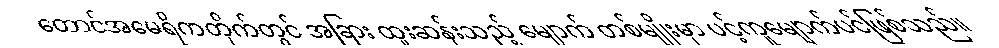
တောင်အမေရိကတိုက်တွင် အခြား ထူးဆန်းသည့် မျောက် တစ်မျိုးမှာ ပင့်ကူမျောက်ပင်ဖြစ်သည်။